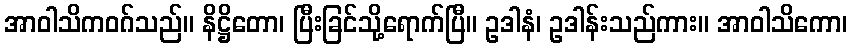
အာဝါသိကဝဂ်သည်။ နိဋ္ဌိတော၊ ပြီးခြင်သို့ရောက်ပြီ။ ဥဒါနံ၊ ဥဒါန်းသည်ကား။ အာဝါသိကော၊